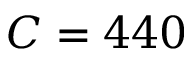
C = 4 4 0